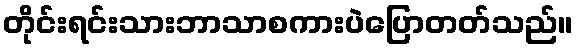
တိုင်းရင်းသားဘာသာစကားပဲပြောတတ်သည်။